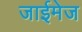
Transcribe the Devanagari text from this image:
जाईमेज